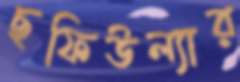
ছফিউল্যার